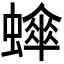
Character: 𬠮